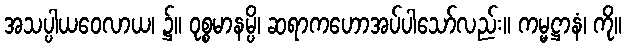
အသပ္ပါယဝေလာယ၊ ၌။ ဝုစ္စမာနမ္ပိ၊ ဆရာကဟောအပ်ပါသော်လည်း။ ကမ္မဋ္ဌာနံ၊ ကို။